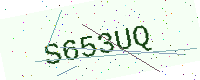
Text: S653UQ